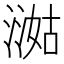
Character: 㵈